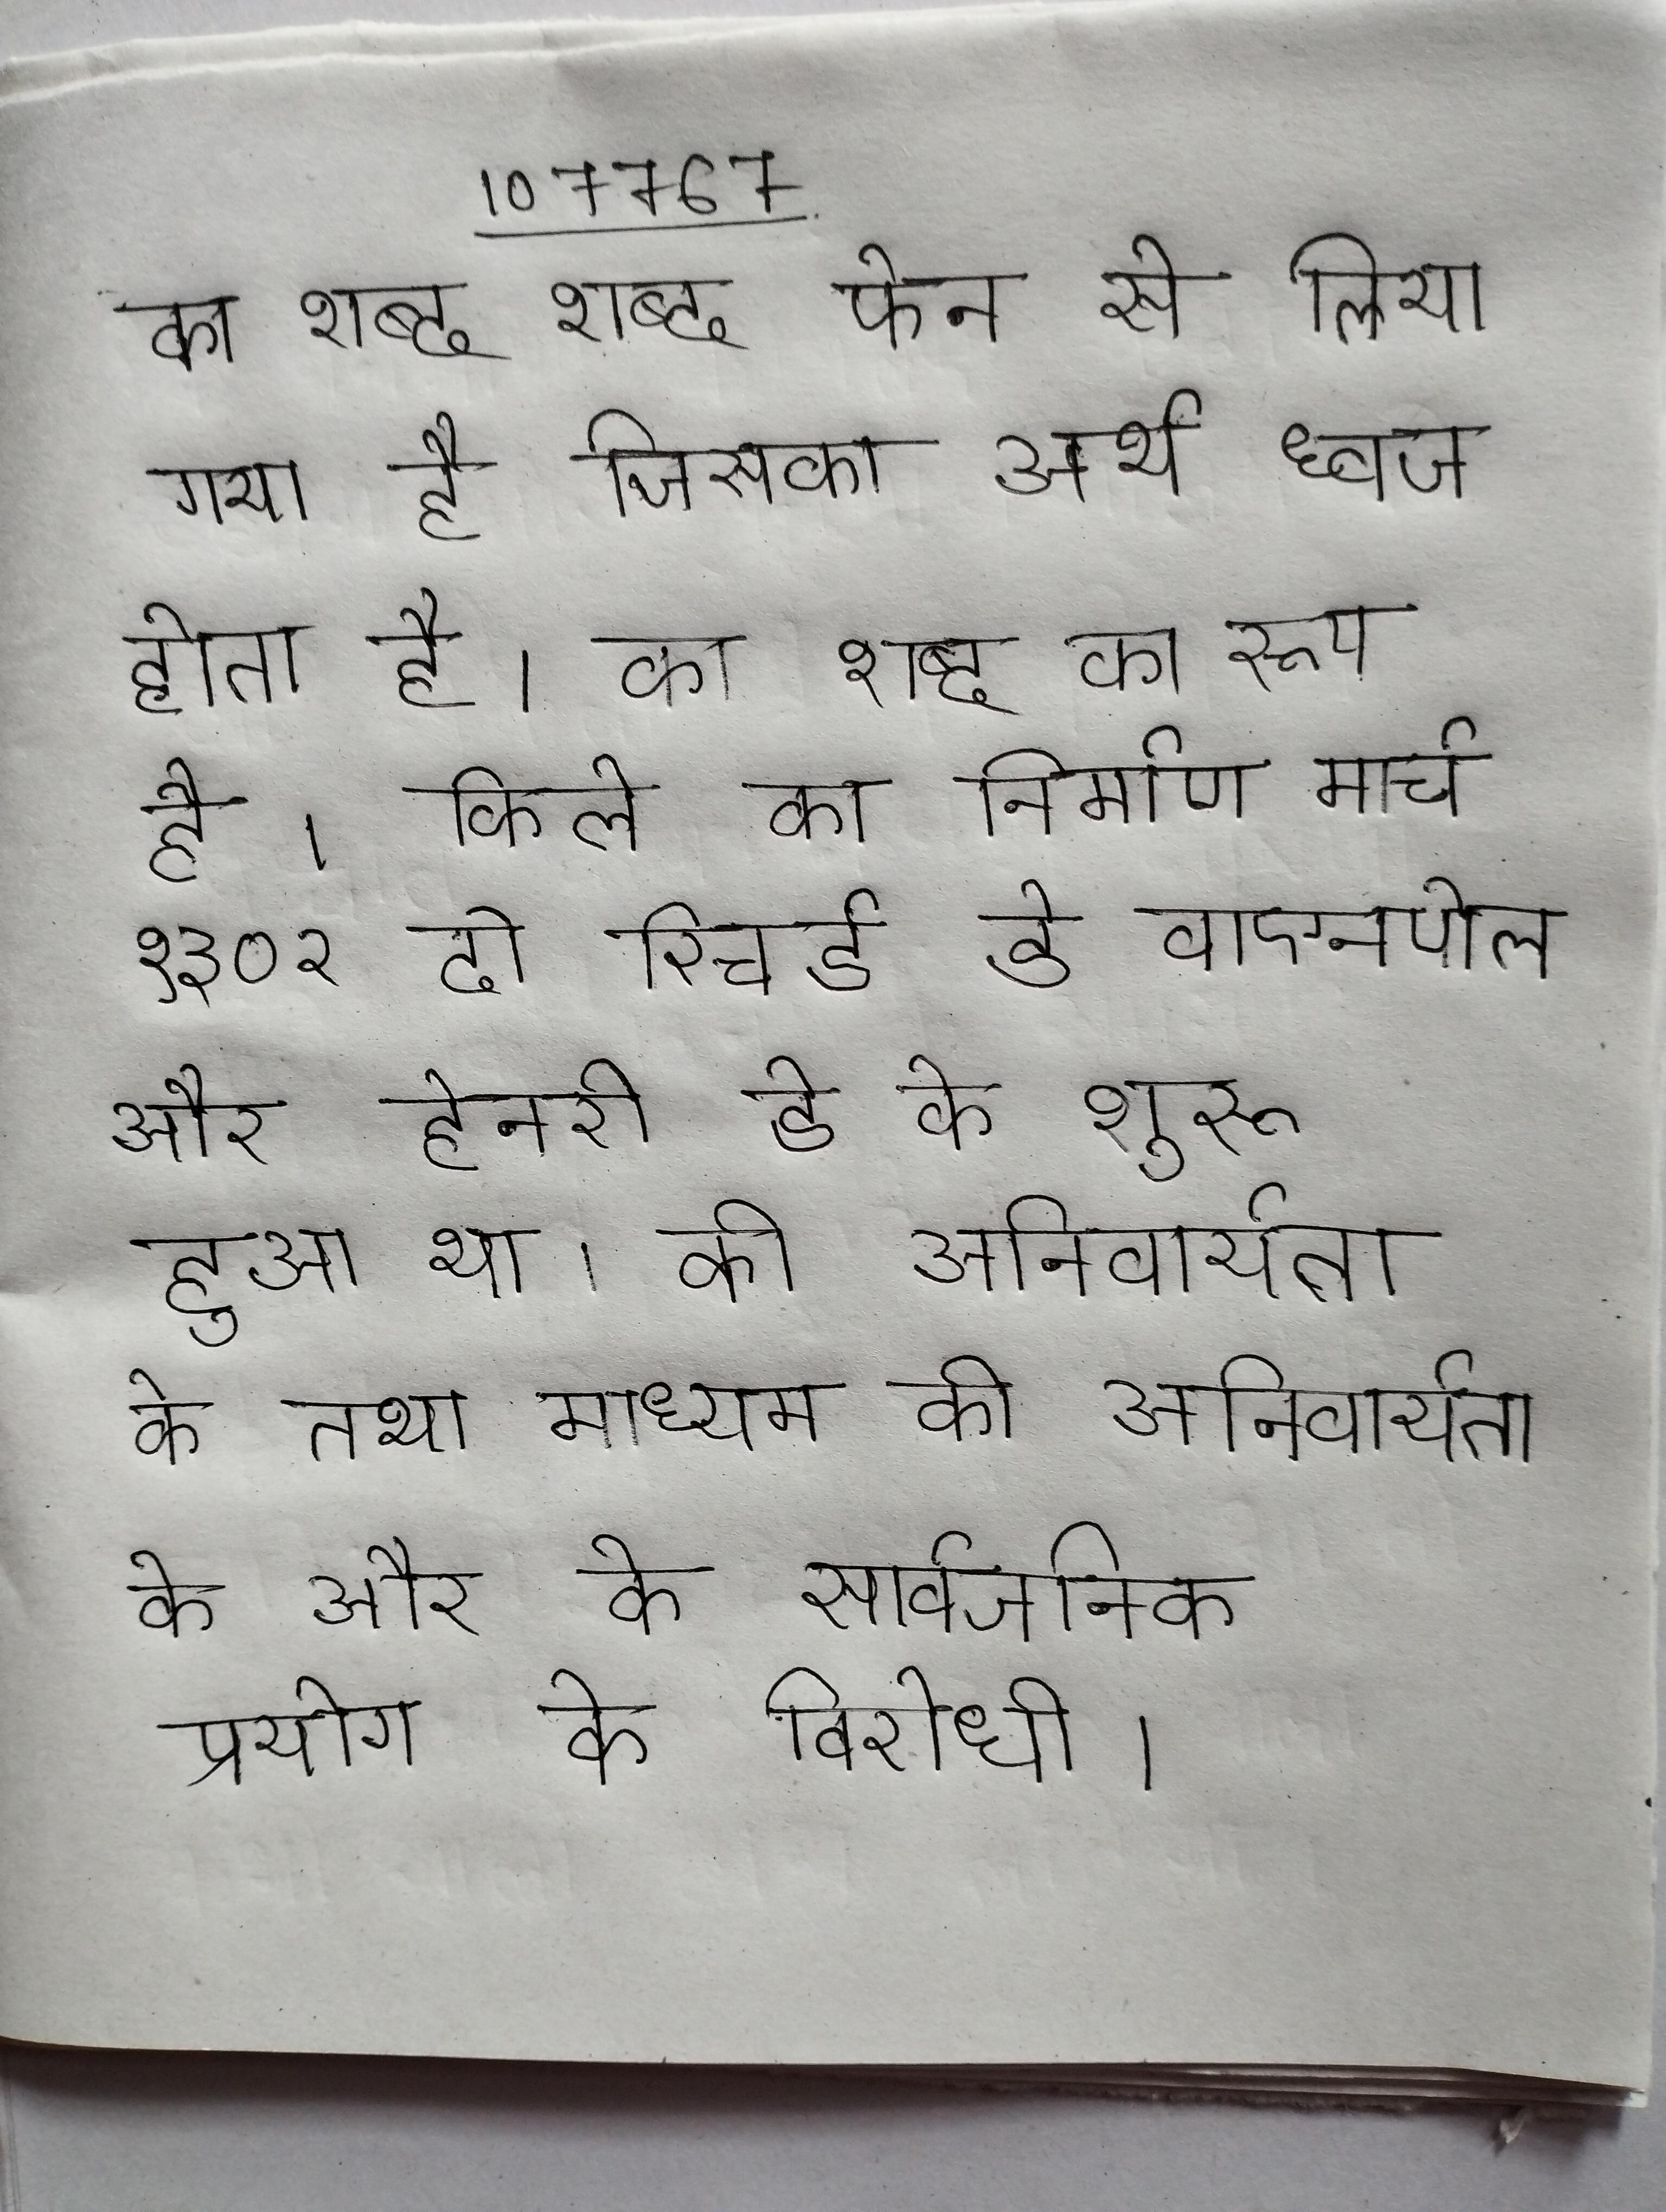
का शब्द शब्द फेन से लिया गया है जिसका अर्थ ध्वज होता है । का शब्द का रूप है । किले का निर्माण मार्च १३०२ दो रिचर्ड डे वाएनपोल और हेनरी डे के शुरू हुआ था । की अनिवार्यता के तथा माध्यम की अनिवार्यता के और के सार्वजनिक प्रयोग के विरोधी ।